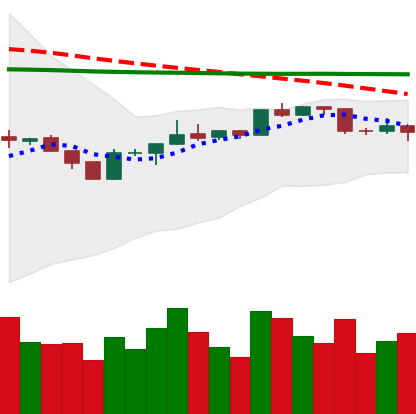
Ticker: BTC-USD
Chart end date: 2020-04-13
Forward return: 6.028%
Label: up_5_7